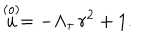
LaTeX: \stackrel { ( o ) } { u } = - \Lambda _ { \tau } \, r ^ { 2 } + 1 .